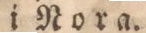
i Nora.